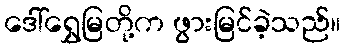
ဒေါ်ရွှေမြတို့က ဖွားမြင်ခဲ့သည်။